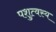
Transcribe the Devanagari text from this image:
पशुत्वस्य